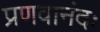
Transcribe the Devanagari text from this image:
प्रणवानंदः